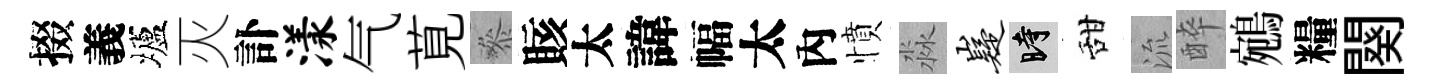
掇義壚灭訃漾气莧叅賅太諱幅太內憤淼嶷时甜流醉鵷糧闋